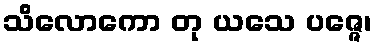
သိလောကော တု ယသေ ပဇ္ဇေ၊